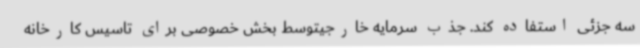
سه جزئی استفاده کند. جذب سرمایه خارجیتوسط بخش خصوصی برای تاسیس کارخانه